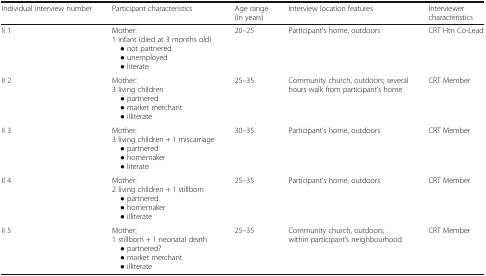
| Individual interview number | Participant characteristics | Age range (in years) | Interview location features | Interviewer characteristics |
 | --- | --- | --- | --- | --- |
 | II 1 | Mother:1 infant (died at 3 months old) ● not partnered ● unemployed ● literate | 20–25 | Participant’s home, outdoors | CRT Htn Co-Lead |
 | II 2 | Mother:3 living children ● partnered ● market merchant ● illiterate | 25–35 | Community church, outdoors; several hours walk from participant’s home | CRT Member |
 | II 3 | Mother:3 living children + 1 miscarriage ● partnered ● homemaker ● literate | 30–35 | Participant’s home, outdoors | CRT Member |
 | II 4 | Mother:2 living children + 1 stillborn ● partnered ● homemaker ● illiterate | 25–35 | Participant’s home, outdoors | CRT Member |
 | II 5 | Mother:1 stillborn + 1 neonatal death ● partnered? ● market merchant ● illiterate | 25–35 | Community church, outdoors; within participant’s neighbourhood | CRT Member |